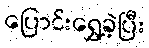
ပြောင်းရွှေ့ခဲ့ပြီး